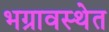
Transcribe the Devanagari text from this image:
भग्रावस्थेत